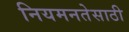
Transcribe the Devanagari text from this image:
नियमनतेसाठी